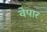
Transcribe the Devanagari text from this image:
वेपार